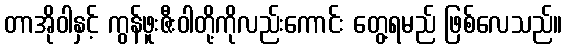
တာအိုဝါနှင့် ကွန်ဖူးဇီးဝါတို့ကိုလည်းကောင်း တွေ့ရမည် ဖြစ်လေသည်။